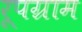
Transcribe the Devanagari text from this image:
रूपग्राम